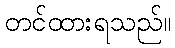
တင်ထားရသည်။